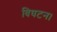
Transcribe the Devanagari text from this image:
विघटन।